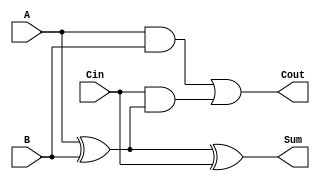
module LowPowerFullAdder (
    input wire A,       // First input bit
    input wire B,       // Second input bit
    input wire Cin,     // Carry-in bit
    output wire Sum,    // Sum output
    output wire Cout    // Carry-out output
);

    // Internal signals for intermediate calculations
    wire AxorB; // A XOR B

    // Calculate Sum using XOR gates
    assign AxorB = A ^ B;          // Intermediate XOR
    assign Sum = AxorB ^ Cin;      // Final Sum output

    // Calculate Carry-out using AND and OR gates
    assign Cout = (A & B) | (Cin & AxorB); // Final Carry-out output

endmodule